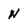
Character: n